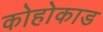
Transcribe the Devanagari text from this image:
कोहोकाड